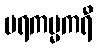
ပရကမ္မကရီ